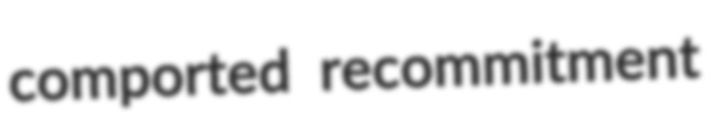
comported recommitment